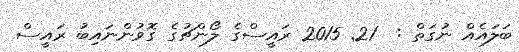
ބަލައެއް ނުގަތް :  21